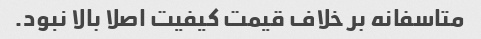
متاسفانه بر خلاف قیمت کیفیت اصلا بالا نبود.